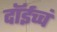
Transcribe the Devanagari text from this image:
दॉईच्चं